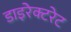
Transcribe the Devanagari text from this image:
डाइरेक्टरेट